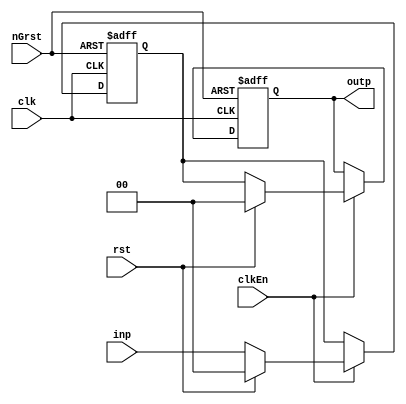
// ***************************************************************************/
//Actel Corporation Proprietary and Confidential
//Copyright 2010 Actel Corporation. All rights reserved.
//
//ANY USE OR REDISTRIBUTION IN PART OR IN WHOLE MUST BE HANDLED IN
//ACCORDANCE WITH THE ACTEL LICENSE AGREEMENT AND MUST BE APPROVED
//IN ADVANCE IN WRITING.
//
//Description:  CoreFFT User Test Bench
//              Behavioral modules
//
//Revision Information:
//Date         Description
//08Jan2009    Initial Release
//
//SVN Revision Information:
//SVN $Revision: $
//SVN $Data: $
//
//Resolved SARs
//SAR     Date    Who         Description
//
//Notes:
//

 `timescale 1 ns/100 ps

module bhvDelay (nGrst, rst, clk, clkEn,
            inp,
            outp );
  parameter DELAY = 2;
  parameter WIDTH = 2;

  input nGrst, rst, clk, clkEn;
  input [WIDTH-1:0] inp;
  output[WIDTH-1:0] outp;

  integer i;
  // extra register to avoid error/warning if DELAY==0
  reg[WIDTH-1:0] delayLine [0:DELAY];

  generate
    if(DELAY==0)
      assign outp = inp;
    else begin
      assign outp = delayLine[DELAY-1];

      always @(posedge clk or negedge nGrst)
        if(!nGrst)
          for(i=0; i<DELAY; i=i+1)         delayLine[i] <= 'b0;
        else
          if (clkEn)
            if (rst)
              for (i = 0; i<DELAY; i=i+1)  delayLine[i] <= #1 'b0;
            else begin
              for(i=DELAY-1; i>=1; i=i-1)  delayLine[i] <= #1 delayLine[i-1];
              delayLine[0] <= #1 inp;
            end  // clkEn
    end
  endgenerate
endmodule



// generate clock and nGrst.  nGrst is longer than a clock period
module bhvClockGen(clk, nGrst);
  parameter
    CLKPERIOD  = 20,
    NGRSTLASTS = 24;
  output reg clk;
  output reg nGrst;

  initial begin
    clk = 0;
    nGrst = 0;
    #(NGRSTLASTS);  nGrst = 1;
  end

  always
    #(CLKPERIOD/2) clk = ~clk;
endmodule



module bhvEdge (nGrst, rst, clk, inp, outp);
  parameter REDGE = 1;   // 1 - rising edge, or 0 - falling edge

  input  nGrst, clk, rst;
  input inp;
  output outp;

  reg inp_tick;
  wire rise_edge, fall_edge;

  assign rise_edge = inp & ~inp_tick;
  assign fall_edge = ~inp & inp_tick;
  assign    outp      = (REDGE) ? rise_edge : fall_edge;

  always @(posedge clk or negedge nGrst) begin
    if(!nGrst)    inp_tick <= 1'b0;
    else
      if (rst)    inp_tick <= 1'b0;
      else        inp_tick <= inp;

  end
endmodule
/*  -- usage
bhvEdge # (.REDGE(1)) edge_detect_0 (
     .nGrst(nGrst), .rst(rst), .clk(clk),
     .inp(in),
     .outp(out) );
*/  // ------------------------------------------------------------------------



// Synchronize two same-clk-domain pulses, whose clkEn are different
// inp              ____|______________________
// receiver_clkEn   _|______|______|_____|_____
//                           ______
// outp             ________|      |___________
//
module bhv_fEdge_ce(nGrst, rst, clk, receiver_clkEn, inp, outp);
  input nGrst, rst, clk, receiver_clkEn;
  input inp;
  output outp;

  reg async_flop;
  reg flop;

  assign outp = flop;
  always @ (posedge clk or negedge nGrst)
    if(!nGrst)  begin
      async_flop  <= 0;
      flop        <= 0;
    end
    else  begin
      if(inp) async_flop  <= 1;
      else
        if(flop) async_flop  <= 0;

      if(receiver_clkEn)
        if(rst)   flop  <= 0;
        else      flop  <= async_flop;
    end
endmodule


// Generate another random sample on every clock if clkEn is active
module bhv_lfsr (nGrst, rst, clk, clkEn, outp, start, term);
  // Douglas J. Smith, p.185
  parameter WIDTH  = 10;
  parameter LENGTH = 100;
  parameter SEED   = 32'h55555555;

  input nGrst, rst, clk, clkEn;
  input start;
  output reg term;    // terminate a particular test sequence
  output[WIDTH-1:0] outp;

  reg  [31:0] tap_arr [2:32];
  wire [31:0] taps_w;
  integer N;
  reg feedback, allZeros;
  reg  [WIDTH-1:0] lfsr_r, next_r;
  integer timer;

  assign taps_w[WIDTH-1:0] = tap_arr[WIDTH];

  always @ (nGrst or posedge clk)
    if(nGrst==1'b0)begin
      timer <= 0;
      term  <= 0;
    end
    else
      if(clkEn==1'b1)   begin
        if(rst || start)begin
          timer <= 0;
          term  <= 0;
        end
        else  begin
          timer <= timer + 1;
          term  <= (timer==10+LENGTH);
        end
      end

  always @ (nGrst or posedge clk)
    if(nGrst==1'b0)     lfsr_r <= SEED;
    else
      if(clkEn==1'b1)
        if(rst || start)  lfsr_r <= SEED;
        else              lfsr_r <= next_r;

  always @ (lfsr_r) begin
    allZeros = ~|(lfsr_r[WIDTH-2:0]);
    feedback = lfsr_r[WIDTH-1] ^ allZeros;
    for(N=WIDTH-1; N>=1; N=N-1)
      if(taps_w[N-1]==1)
        next_r[N] = lfsr_r[N-1] ^ feedback;
      else
        next_r[N] = lfsr_r[N-1];
    next_r[0] = feedback;
  end

  assign outp = lfsr_r;

  initial begin
    tap_arr[ 2] =  2'b11;
    tap_arr[ 3] =  3'b101;
    tap_arr[ 4] =  4'b1001;
    tap_arr[ 5] =  5'b10010;
    tap_arr[ 6] =  6'b100001;
    tap_arr[ 7] =  7'b1000001;
    tap_arr[ 8] =  8'b10001110;
    tap_arr[ 9] =  9'b100001000;
    tap_arr[10] = 10'b1000000100;
    tap_arr[11] = 11'b10000000010;
    tap_arr[12] = 12'b100000101001;
    tap_arr[13] = 13'b1000000001101;
    tap_arr[14] = 14'b10000000010101;
    tap_arr[15] = 15'b100000000000001;
    tap_arr[16] = 16'b1000000000010110;
    tap_arr[17] = 17'b10000000000000100;
    tap_arr[18] = 18'b100000000001000000;
    tap_arr[19] = 19'b1000000000000010011;
    tap_arr[20] = 20'b10000000000000000100;
    tap_arr[21] = 21'b100000000000000000010;
    tap_arr[22] = 22'b1000000000000000000001;
    tap_arr[23] = 23'b10000000000000000010000;
    tap_arr[24] = 24'b100000000000000000001101;
    tap_arr[25] = 25'b1000000000000000000000100;
    tap_arr[26] = 26'b10000000000000000000100011;
    tap_arr[27] = 27'b100000000000000000000010011;
    tap_arr[28] = 28'b1000000000000000000000000100;
    tap_arr[29] = 29'b10000000000000000000000000010;
    tap_arr[30] = 30'b100000000000000000000000101001;
    tap_arr[31] = 31'b1000000000000000000000000000100;
    tap_arr[32] = 32'b10000000000000000000000001100010;
  end
endmodule

// Dirac delta function: _______|_____________
// Generate another Dirac sample on every clock if clkEn is active
// 0 0 0 .. 0 0 1 0 0 0 0 .. 0 0
module bhv_dirac (nGrst, rst, clk, clkEn, outp, start, term);
  parameter WIDTH = 8;
  parameter AMPL  = 0;    // 0 - classic amplitude=1; 1-ampl=2^(WIDTH-1)
  parameter LENGTH = 100;

  input nGrst, rst, clk, clkEn;
  input start;
  output term;    // terminate a particular test sequence
  output[WIDTH-1:0] outp;

  reg [WIDTH-1:0] outp;
  reg term;
  integer timer;
  wire signed [WIDTH-1:0] amplitude;

  // Negative -2^(WIDTH-1) = 1000..00 or positive 2^(WIDTH-1)-1 = 0111..11
  assign amplitude = AMPL ? {1'b0, {(WIDTH-1){1'b1}}} : {{(WIDTH-1){1'b0}}, 1'b1 };

  always @ (nGrst or posedge clk)
    if(nGrst==1'b0)   begin
      timer <= 0;
      term  <= 0;
    end
    else
      if(clkEn==1'b1)   begin
        if(rst || start)  timer <= 0;
        else              timer <= timer + 1;

        term    <=  (timer==10+2*LENGTH);
      end

  always @ (timer) begin
    if(timer==10)           outp =  amplitude;
    else
      if(timer==10+LENGTH)
        outp = -amplitude;
      else                  outp = 0;
  end
endmodule

//           ________
// Step: ___|
// Generate Step function sample on every clock if clkEn is active
// 0 0 0 .. 0 0 1 0 0 0 0 .. 0 0
module bhv_step (nGrst, rst, clk, clkEn, outp, start, term);
  parameter WIDTH = 8;
  parameter AMPL  = 0;    // 0 - classic amplitude=1; 1-ampl=2^(WIDTH-1)
  parameter NEG_AMPL = 0; // negative amplitude
  parameter LENGTH = 100;

  input nGrst, rst, clk, clkEn;
  input start;
  output term;    // terminate a particular test sequence
  output[WIDTH-1:0] outp;

  reg [WIDTH-1:0] outp;
  reg term;
  integer timer;
  wire signed [WIDTH-1:0] ampl, amplitude;

  // ampl = 0111..11 or 000..001
  assign ampl = AMPL ? {1'b0, {(WIDTH-1){1'b1}}} : {{(WIDTH-1){1'b0}}, 1'b1 };
  assign amplitude = NEG_AMPL ? -ampl : ampl;

  always @ (nGrst or posedge clk)
    if(nGrst==1'b0)     begin
      timer <= 0;
      term  <= 0;
    end
    else
      if(clkEn==1'b1) begin
        if(rst || start)  begin
          timer <= 0;
          term  <= 0;
        end
        else  begin
          timer <= timer + 1;
          term  <= (timer==10+LENGTH);
        end
      end

  always @ (timer)
    if((timer>=0) && (timer<=10+LENGTH))
      outp =  amplitude;
    else
      outp = 0;

endmodule


module bhv_gen (nGrst, rst, clk, clkEn, outp, start, term);
  parameter TYPE  = 0;  //0-Dirac, 1-step, 2-random
  parameter WIDTH = 8;
  parameter AMPL  = 0;    // 0 - classic amplitude=1; 1-ampl=2^(WIDTH-1)
  parameter LENGTH = 100;
  parameter NEG_AMPL = 0; // negative amplitude
  parameter SEED   = 32'h55555555;

  input nGrst, rst, clk, clkEn;
  input start;
  output term;    // terminate a particular test sequence
  output[WIDTH-1:0] outp;

  wire starti, termi;

  // Detect start if it falls in btw clkEn
  bhv_fEdge_ce detect_start_0(
      .nGrst(nGrst), .clk(clk), .receiver_clkEn(clkEn), .rst(1'b0),
      .inp(start),
      .outp(starti) );

  generate
    case (TYPE)
      0: bhv_dirac # (.WIDTH(WIDTH),
                      .AMPL(AMPL),
                      .LENGTH(LENGTH)  ) dirac_0 (
            .nGrst(nGrst),
            .rst  (rst),
            .clk  (clk),
            .clkEn(clkEn),
            .start(starti),
            .term(termi),
            .outp (outp)    );

      1: bhv_step # (.WIDTH(WIDTH),
                     .AMPL(AMPL),
                     .NEG_AMPL(NEG_AMPL),
                     .LENGTH(LENGTH)  ) step_0 (
            .nGrst(nGrst),
            .rst  (rst),
            .clk  (clk),
            .clkEn(clkEn),
            .start(starti),
            .term(termi),
            .outp (outp)    );

      2: bhv_lfsr # (.WIDTH(WIDTH),
                     .LENGTH(LENGTH),
                     .SEED(SEED)      ) lfsr_0 (
            .nGrst(nGrst),
            .rst  (rst),
            .clk  (clk),
            .clkEn(clkEn),
            .start(starti),
            .term(termi),
            .outp (outp)    );
      default:  bhv_dirac # (.WIDTH(WIDTH),
                             .AMPL(AMPL),
                             .LENGTH(LENGTH)  ) dirac_0 (
            .nGrst(nGrst),
            .rst  (rst),
            .clk  (clk),
            .clkEn(clkEn),
            .start(starti),
            .term(termi),
            .outp (outp)    );

    endcase
  endgenerate

  // Narrow term to 1 clk
  bhvEdge # (.REDGE(1)) edge_detect_0 (
     .nGrst(nGrst), .rst(rst), .clk(clk),
     .inp(termi),
     .outp(term) );
endmodule